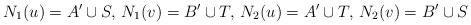
LaTeX: \begin{align*}N_1(u) = A'\cup S,\, N_1(v) = B'\cup T, \, N_2(u) = A'\cup T,\, N_2(v) = B'\cup S\end{align*}